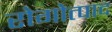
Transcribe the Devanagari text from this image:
रोगोत्पाद